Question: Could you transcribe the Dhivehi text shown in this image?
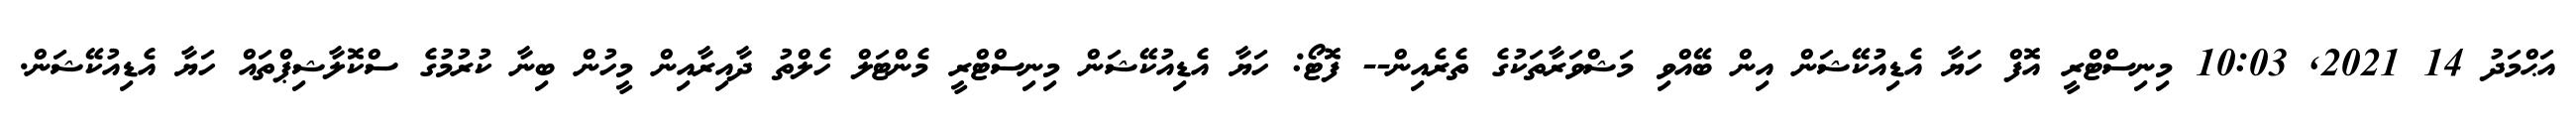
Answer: އަޙްމަދު 14 2021, 10:03 މިނިސްޓްރީ އޮފް ހަޔާ އެޑިއުކޭޝަން އިން ބޭއްވި މަޝްވަރާތަކުގެ ތެރެއިން-- ފޮޓޯ: ހަޔާ އެޑިއުކޭޝަން މިނިސްޓްރީ މެންޓަލް ހެލްތު ދާއިރާއިން މީހުން ބިނާ ކުރުމުގެ ސްކޮލާޝިޕްތައް ހަޔާ އެޑިއުކޭޝަން.